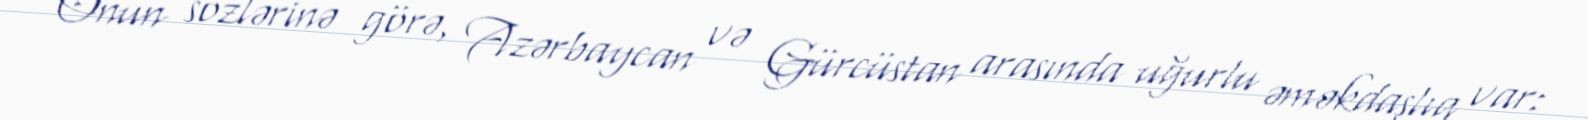
Onun sözlərinə görə, Azərbaycan və Gürcüstan arasında uğurlu əməkdaşlıq var: